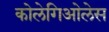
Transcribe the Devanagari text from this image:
कोलेगिओलेस